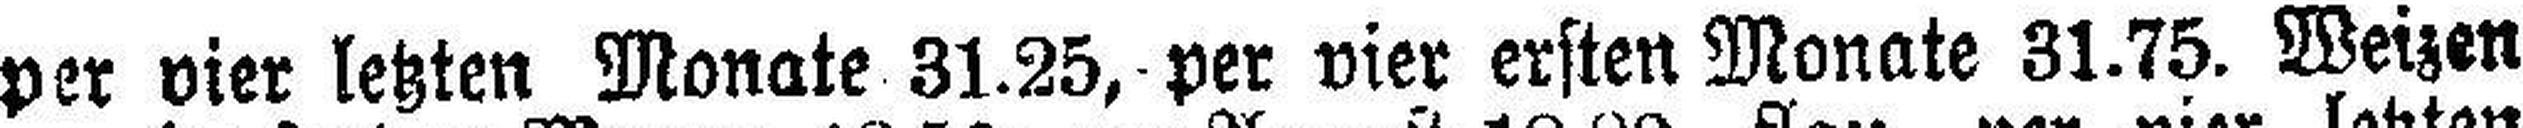
per vier letzten Monate 31.25, per vier ersten Monate 31.75. Weizen